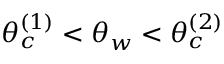
\theta _ { c } ^ { ( 1 ) } < \theta _ { w } < \theta _ { c } ^ { ( 2 ) }